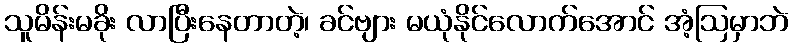
သူမိန်းမခိုး လာပြီးနေတာတဲ့၊ ခင်ဗျား မယုံနိုင်လောက်အောင် အံ့ဩမှာဘဲ